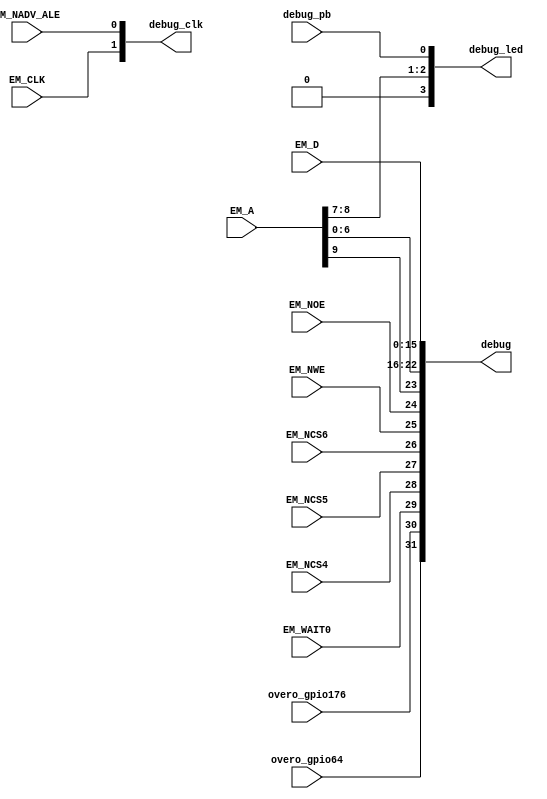
`timescale 1ns / 1ps
//////////////////////////////////////////////////////////////////////////////////

//`define DCM 1

module u1e
  (output [3:0] debug_led, output [31:0] debug, output [1:0] debug_clk,
   input debug_pb,

   // GPMC
   input EM_CLK, input [15:0] EM_D, input [10:1] EM_A,
   input EM_WAIT0, input EM_NCS4, input EM_NCS5, input EM_NCS6, input EM_NWE, input EM_NOE,
   input EM_NADV_ALE,

   input overo_gpio64, input overo_gpio176
   );

   assign debug_clk = {EM_CLK, EM_NADV_ALE};

   assign debug_led = {1'b0, EM_A[9], EM_A[8], debug_pb};

   assign debug = { {overo_gpio64, overo_gpio176, EM_WAIT0, EM_NCS4, EM_NCS5, EM_NCS6, EM_NWE, EM_NOE },
		    { EM_A[10], EM_A[7:1] },
		    { EM_D[15:8] },
		    { EM_D[7:0] } };
   

endmodule // u1e